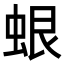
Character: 蛝